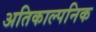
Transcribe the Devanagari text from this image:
अतिकाल्पनिक